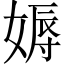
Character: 媷